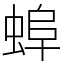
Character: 𧌓